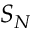
S _ { N }